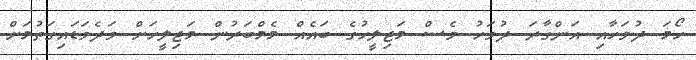
ހޯމަ ދުވަހާއި އަންގާރަ ދުވަހު ވެސް މަޖިލީހުގެ ބައެއް މެމްބަރުން މަޖިލީހަށް ވަދެވަޑައިގަތުމަށް